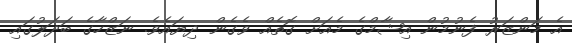
އެ މަންޒަރު ފެނުމުން އިޝާމްގެ މެއަށް ގޮތެއް ވެގެން ދިޔައެވެ. ނަޒްހާގެ ބަދަލުގައި